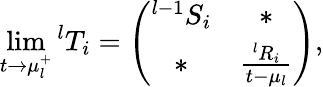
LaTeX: \operatorname*{lim}_{t\rightarrow\mu_{l}^{+}}{}^{l}T_{i}=\left(\begin{array}{cccc}{{{}^{l-1}S_{i}}}&{{\ast}}\\ {{\ast}}&{{\frac{{}^{l}R_{i}}{t-\mu_{l}}}}\end{array}\right),